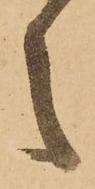
之